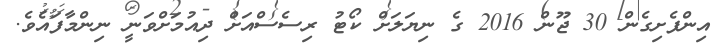
އިންފެށިގެން 30 ޖޫން 2016 ގެ ނިޔަލަށް ކޯޓު ރިސެސްއަށް ދިއުމަށްވަނީ ނިންމާފައެވެ.